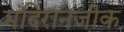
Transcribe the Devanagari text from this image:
मंदिरानजीक